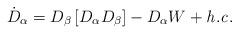
LaTeX: \begin{align*}\dot{D}_{\alpha} = D_{\beta}\left[ D_{\alpha}D_{\beta} \right]- D_{\alpha} W + {\it h.c.}\end{align*}